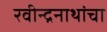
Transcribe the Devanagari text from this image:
रवीन्द्रनाथांचा